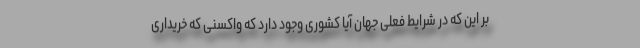
بر این که در شرایط فعلی جهان آیا کشوری وجود دارد که واکسنی که خریداری